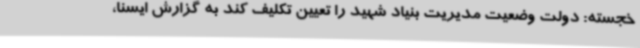
خجسته: دولت وضعیت مدیریت بنیاد شهید را تعیین تکلیف کند به گزارش ایسنا،